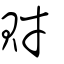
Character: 財